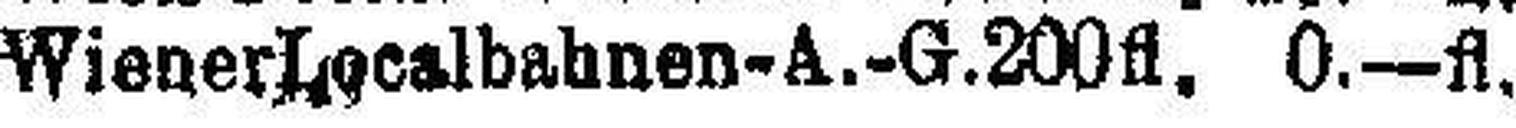
Wiener Localbahnen-A.-G. 200fl. 0.—fl.